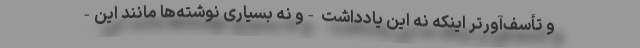
و تأسف‌آورتر اینکه نه این یادداشت -و نه بسیاری نوشته‌ها مانند این-